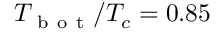
T _ { \mathrm { ~ b ~ o ~ t ~ } } / T _ { c } = 0 . 8 5